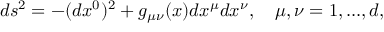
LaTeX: d s ^ { 2 } = - ( d x ^ { 0 } ) ^ { 2 } + g _ { \mu \nu } ( x ) d x ^ { \mu } d x ^ { \nu } , \quad \mu , \nu = 1 , . . . , d ,